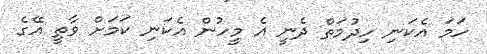
ހަމަ އެކަނި ހިދުމަތް ދެނީ އެ މީހުން އެކަނި ކަމަށް ވާތީ އޭގެ